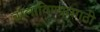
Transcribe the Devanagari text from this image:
बोलाविण्यासाठी